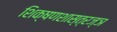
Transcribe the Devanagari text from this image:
शिक्षणशास्त्रज्ञ